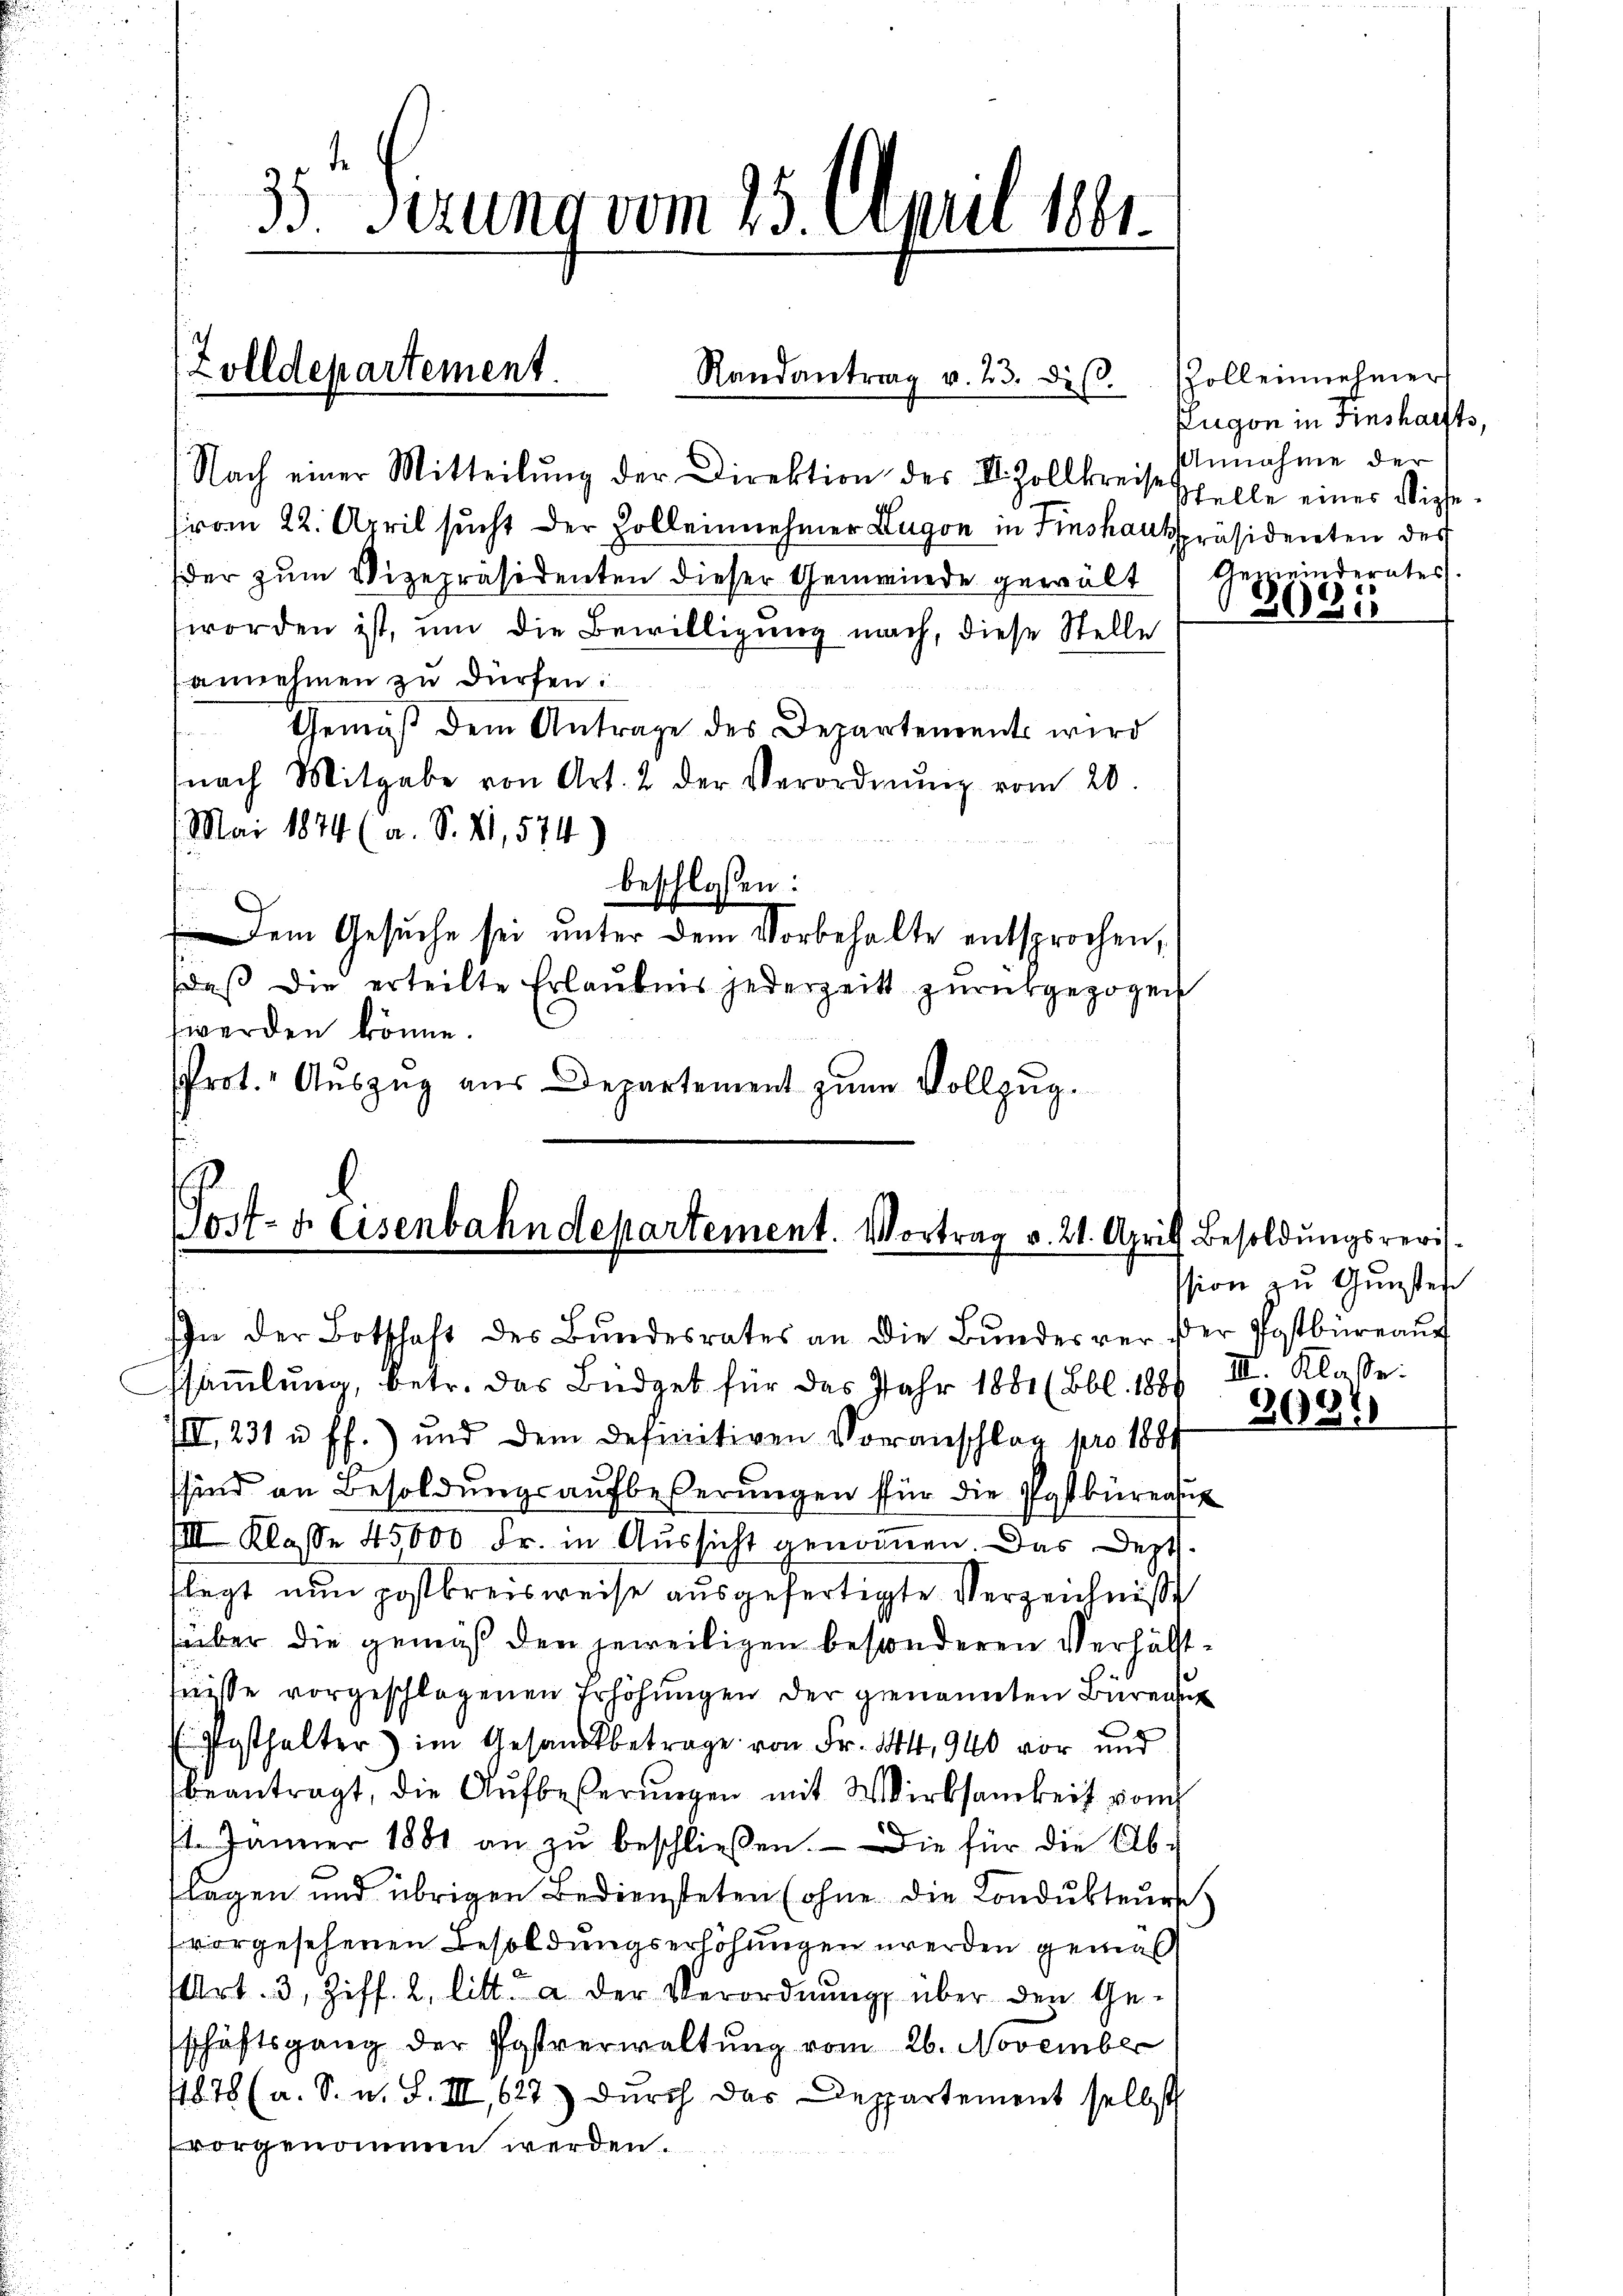
Nach einer Mitteilŭng der Direktion des II. Zollkreisestelle einer Vice-
(vom 22. April sucht der Zolleinehmer Lugon in Finskanspräsidenten des
der zum Vizepräsidenten dieser Gemeinde gewalt Gemeinderates
worden ist, um die Bewilligung nach, diese Stelle
annehmen zu dürfen:
Gemäß dem Antrage des Departements wird
nach Mitgabe von Art. 2 der Verordnŭng vom 20.
Mai 1874 (a. S. VI, 574)
beschlossen:
Dem Gesuche sei unter dem Vorbehalte entsprochen,
daß die erteilte Erlaubnis jederzeit zurückgezogen
werden könne.
Prot. Auszug aus Departement zum Vollzug.

(Zolldepartement.
Randantrag v. 23. di

35 Serung vom 15. April 1891.

Post- & Eisenbahndepartement. Vortrag v. 21. Aprill Besoldungsrevis

0

ssammlung, betr. das Büdget für das Jahr 1881 (Bbl. 1886
III 231 u. ff.) und dem definitiven Voranschlag pro 1884
sind an Besoldungsaufbeßerungen für die Postbürens
VIII Klasse 45000 Fr. in Aussicht genommen. Das Deptflegt nun postbreisweise ausgefertigte Verzeichniß
süber die gemäß den jeweiligen besonderen Verhältnisse vorgeschlagenen Erhöhungen der genannten Büreau
E Posthalter im Gesandtbetrage von Fr. 144, 940 vor und
beantragt, die Aufbeßerungen mit Wirksamkeit von
. Jänner 1881 an zŭ beschließen. Die für die Ab-
flagen und übrigen Bediensteten (ohne die Londŭkteŭrsc
 vorgesehenen Besoldungserhöhungen werden gemäß
(Art. 3, Ziff. 2. litt. a der Verordnŭng über den Ge-
schäftsgang der Postverwaltŭng vom 26. November
1878 (a. S. u. S. III 627) Durch das Departement selbst
vorgenommen werden.

In der Botschaft des Bŭndesrates an die Bŭndesrer der Postbüreaŭf

soll einnehmer
Zugon in Finsharfts,
Annahme der
“
3081

sion zu Gunsten
III. Klasse.

3684